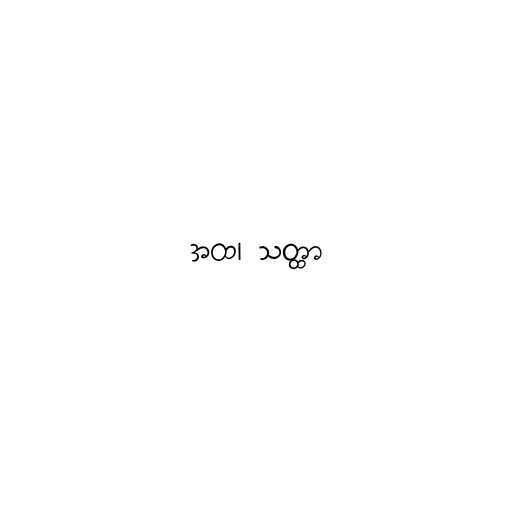
အထ၊ သတ္ထာ